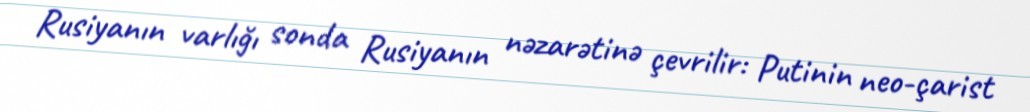
Rusiyanın varlığı sonda Rusiyanın nəzarətinə çevrilir: Putinin neo-çarist